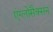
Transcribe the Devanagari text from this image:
एंग्लोसैक्सन